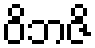
ဝိဘဇိ